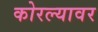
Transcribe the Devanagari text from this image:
कोरल्यावर